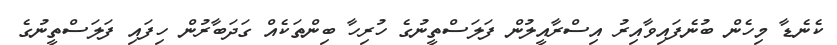
ކެނެޑާ މިހެން ބުނެފައިވާއިރު އިސްރާއީލުން ފަލަސްތީނުގެ ހުރިހާ ބިންތަކެއް ގަދަބާރުން ހިފައި ފަލަސްތީނުގެ